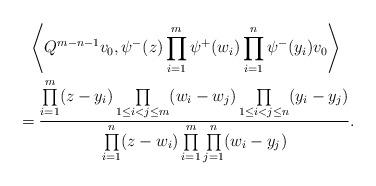
LaTeX: \begin{gather*}\left\langle Q^{m-n-1}v_0,\psi^{-}(z) \prod_{i=1}^{m}\psi^{+}(w_i) \prod_{i=1}^{n}\psi^{-}(y_i)v_0\right\rangle\\{} = \frac{\prod\limits_{i=1}^{m} (z-y_{i}) \prod\limits_{1\le i<j\le m}(w_i-w_j) \prod\limits_{1\le i<j\le n}(y_i-y_j)}{\prod\limits_{i=1}^{n}(z-w_i) \prod\limits_{i=1}^{m} \prod\limits_{j=1}^{n}(w_i-y_j)}.\end{gather*}